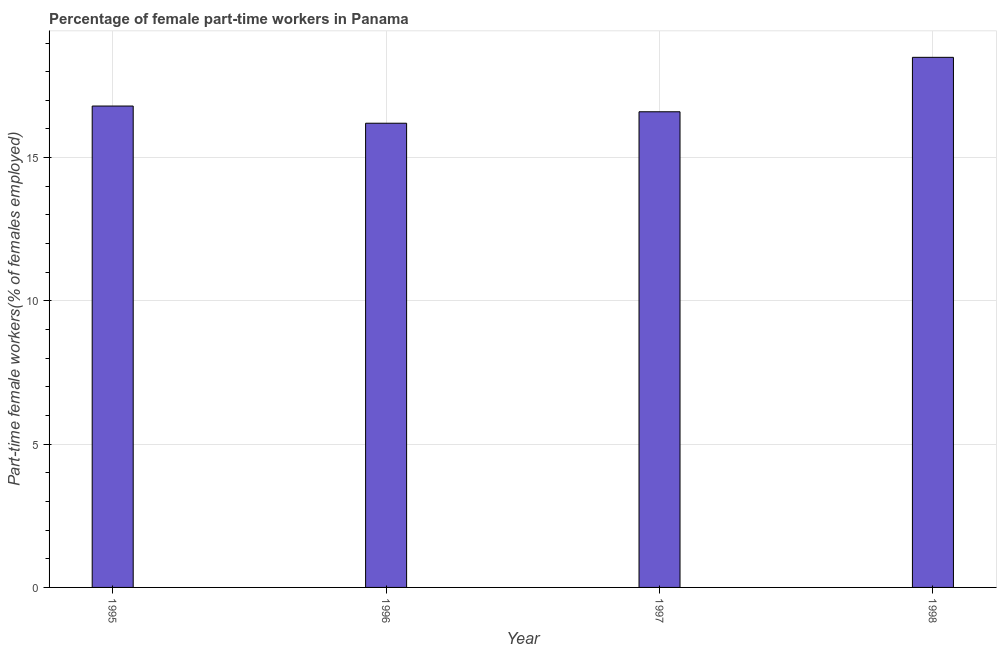
| Year | Part time employment |
 | --- | --- |
 | 1995 | 16.8 |
 | 1996 | 16.2 |
 | 1997 | 16.6 |
 | 1998 | 18.5 |